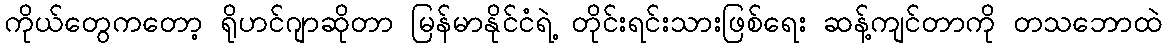
ကိုယ်တွေကတော့ ရိုဟင်ဂျာဆိုတာ မြန်မာနိုင်ငံရဲ့ တိုင်းရင်းသားဖြစ်ရေး ဆန့်ကျင်တာကို တသဘောထဲ